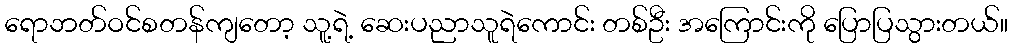
ရောဘတ်ဝင်စတန်ကျတော့ သူ့ရဲ့ ဆေးပညာသူရဲကောင်း တစ်ဦး အကြောင်းကို ပြောပြသွားတယ်။